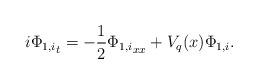
LaTeX: \begin{align*}i {\Phi_{1,i}}_{t} = -\frac{1}{2} {\Phi_{1,i}}_{xx} +V_q(x) \Phi_{1,i} .\end{align*}